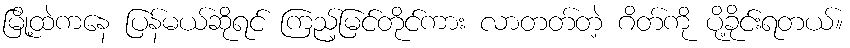
မြို့ထဲကနေ ပြန်မယ်ဆိုရင် ကြည့်မြင်တိုင်ကား လာတတ်တဲ့ ဂိတ်ကို ပို့ခိုင်းရတယ်။